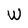
Character: W